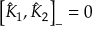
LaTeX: \left[ \hat { K } _ { 1 } , \hat { K } _ { 2 } \right] _ { - } = 0